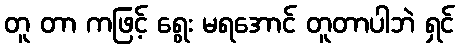
တူ တာ ကဖြင့် ရွေး မရအောင် တူတာပါဘဲ ရှင်